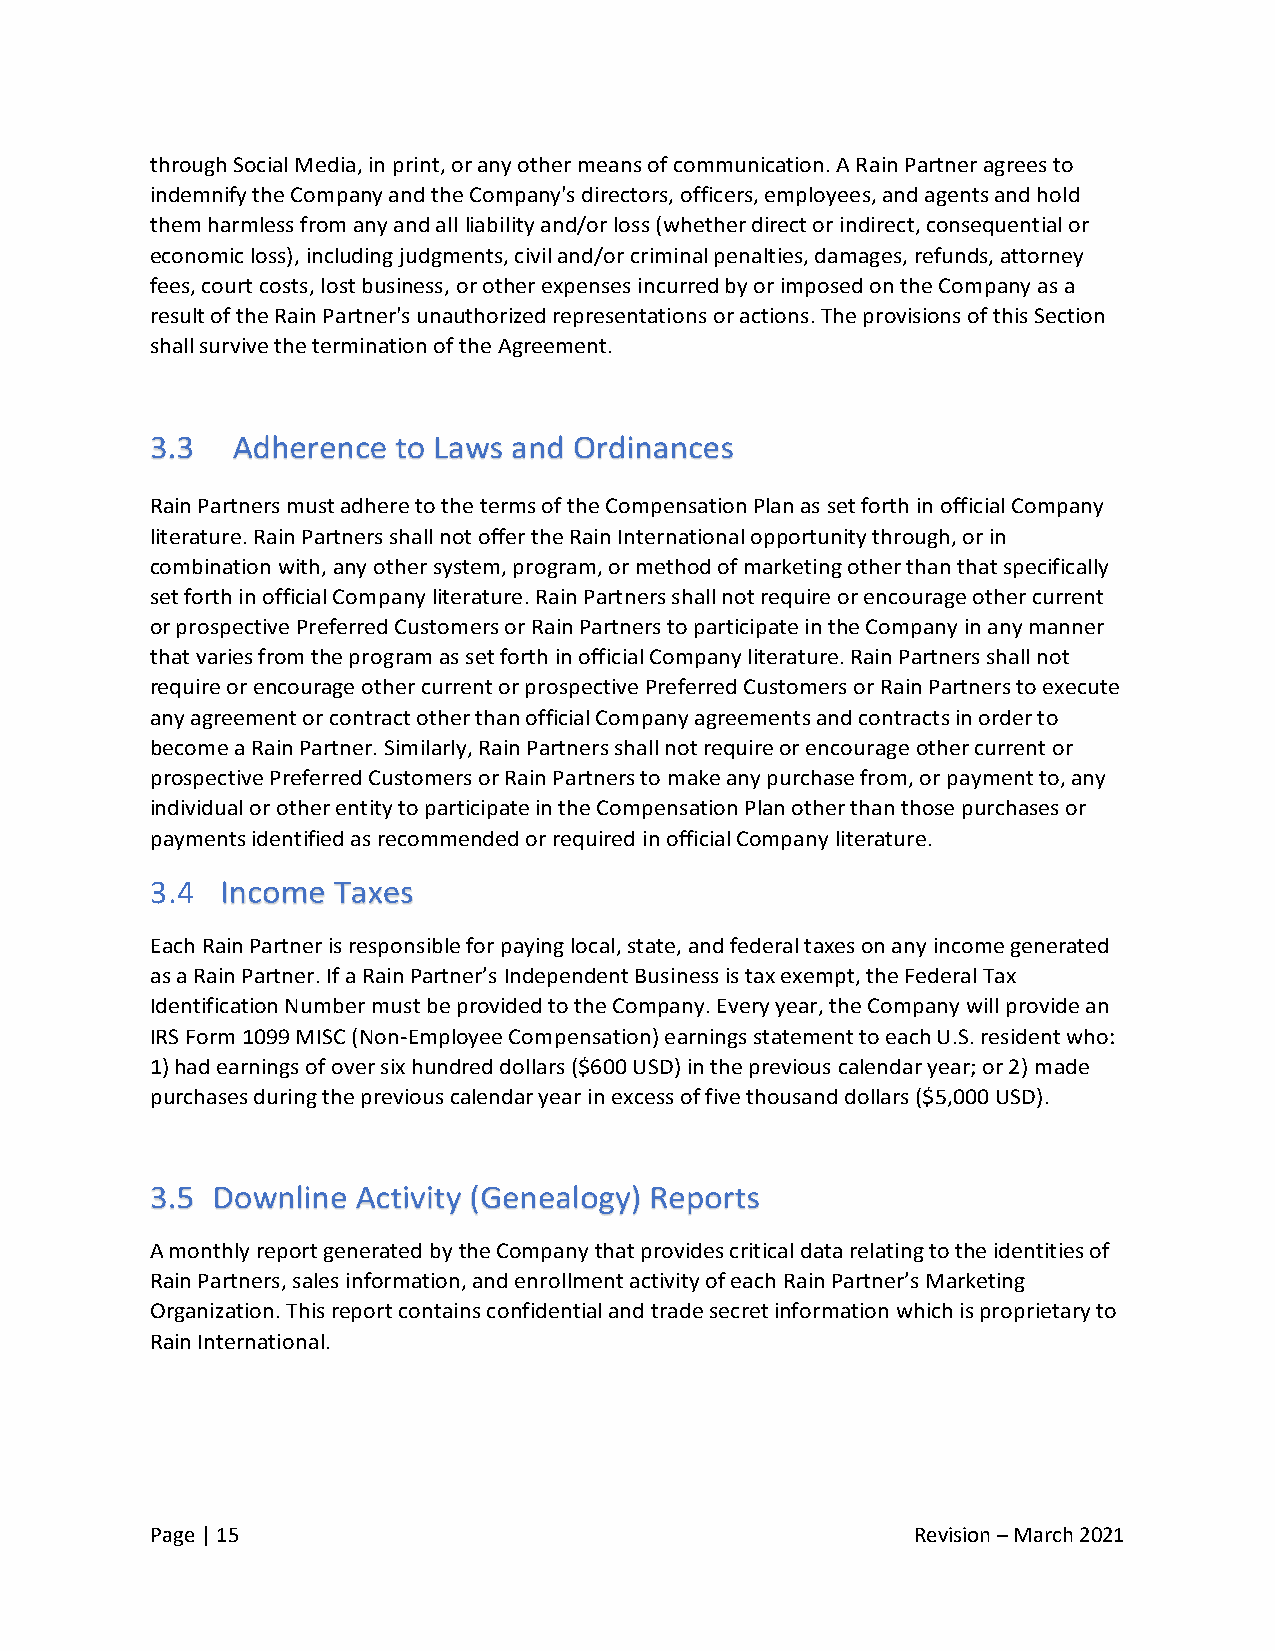
through Social Media, in print, or any other means of communication. A Rain Partner agrees to
 indemnify the Company and the Company's directors, officers, employees, and agents and hold
 them harmless from any and all liability and/or loss (whether direct or indirect, consequential or
 economic loss), including judgments, civil and/or criminal penalties, damages, refunds, attorney
 fees, court costs, lost business, or other expenses incurred by or imposed on the Company as a
 result of the Rain Partner's unauthorized representations or actions. The provisions of this Section
 shall survive the termination of the Agreement.
 Rain Partners must adhere to the terms of the Compensation Plan as set forth in official Company
 literature. Rain Partners shall not offer the Rain International opportunity through, or in
 combination with, any other system, program, or method of marketing other than that specifically
 set forth in official Company literature. Rain Partners shall not require or encourage other current
 or prospective Preferred Customers or Rain Partners to participate in the Company in any manner
 that varies from the program as set forth in official Company literature. Rain Partners shall not
 require or encourage other current or prospective Preferred Customers or Rain Partners to execute
 any agreement or contract other than official Company agreements and contracts in order to
 become a Rain Partner. Similarly, Rain Partners shall not require or encourage other current or
 prospective Preferred Customers or Rain Partners to make any purchase from, or payment to, any
 individual or other entity to participate in the Compensation Plan other than those purchases or
 payments identified as recommended or required in official Company literature.
 3.4
 Each Rain Partner is responsible for paying local, state, and federal taxes on any income generated
 as a Rain Partner. If a Rain Partner’s Independent Business is tax exempt, the Federal Tax
 Identification Number must be provided to the Company. Every year, the Company will provide an
 IRS Form 1099 MISC (Non-Employee Compensation) earnings statement to each U.S. resident who:
 1) had earnings of over six hundred dollars ($600 USD) in the previous calendar year; or 2) made
 purchases during the previous calendar year in excess of five thousand dollars ($5,000 USD).
 A monthly report generated by the Company that provides critical data relating to the identities of
 Rain Partners, sales information, and enrollment activity of each Rain Partner’s Marketing
 Organization. This report contains confidential and trade secret information which is proprietary to
 Rain International.
 Page | 15                                          Revision – March 2021